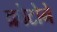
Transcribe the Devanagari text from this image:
क्रोटोने